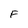
Character: F